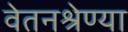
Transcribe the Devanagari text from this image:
वेतनश्रेण्या